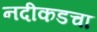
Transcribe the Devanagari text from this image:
नदीकडचा